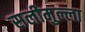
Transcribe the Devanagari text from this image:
सलीमुल्ला